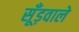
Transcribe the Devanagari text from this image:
सूँड़वाले